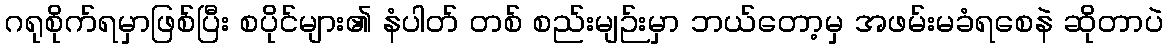
ဂရုစိုက်ရမှာဖြစ်ပြီး စပိုင်များ၏ နံပါတ် တစ် စည်းမျဉ်းမှာ ဘယ်တော့မှ အဖမ်းမခံရစေနဲ ဆိုတာပဲ